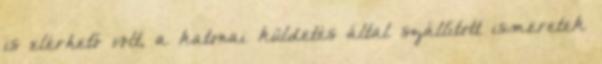
is elérhető volt, a katonai küldetés által szállított ismeretek